65_HS1-834228961_62-HQ-83894_Section_5
Agency: FBI
Page 27
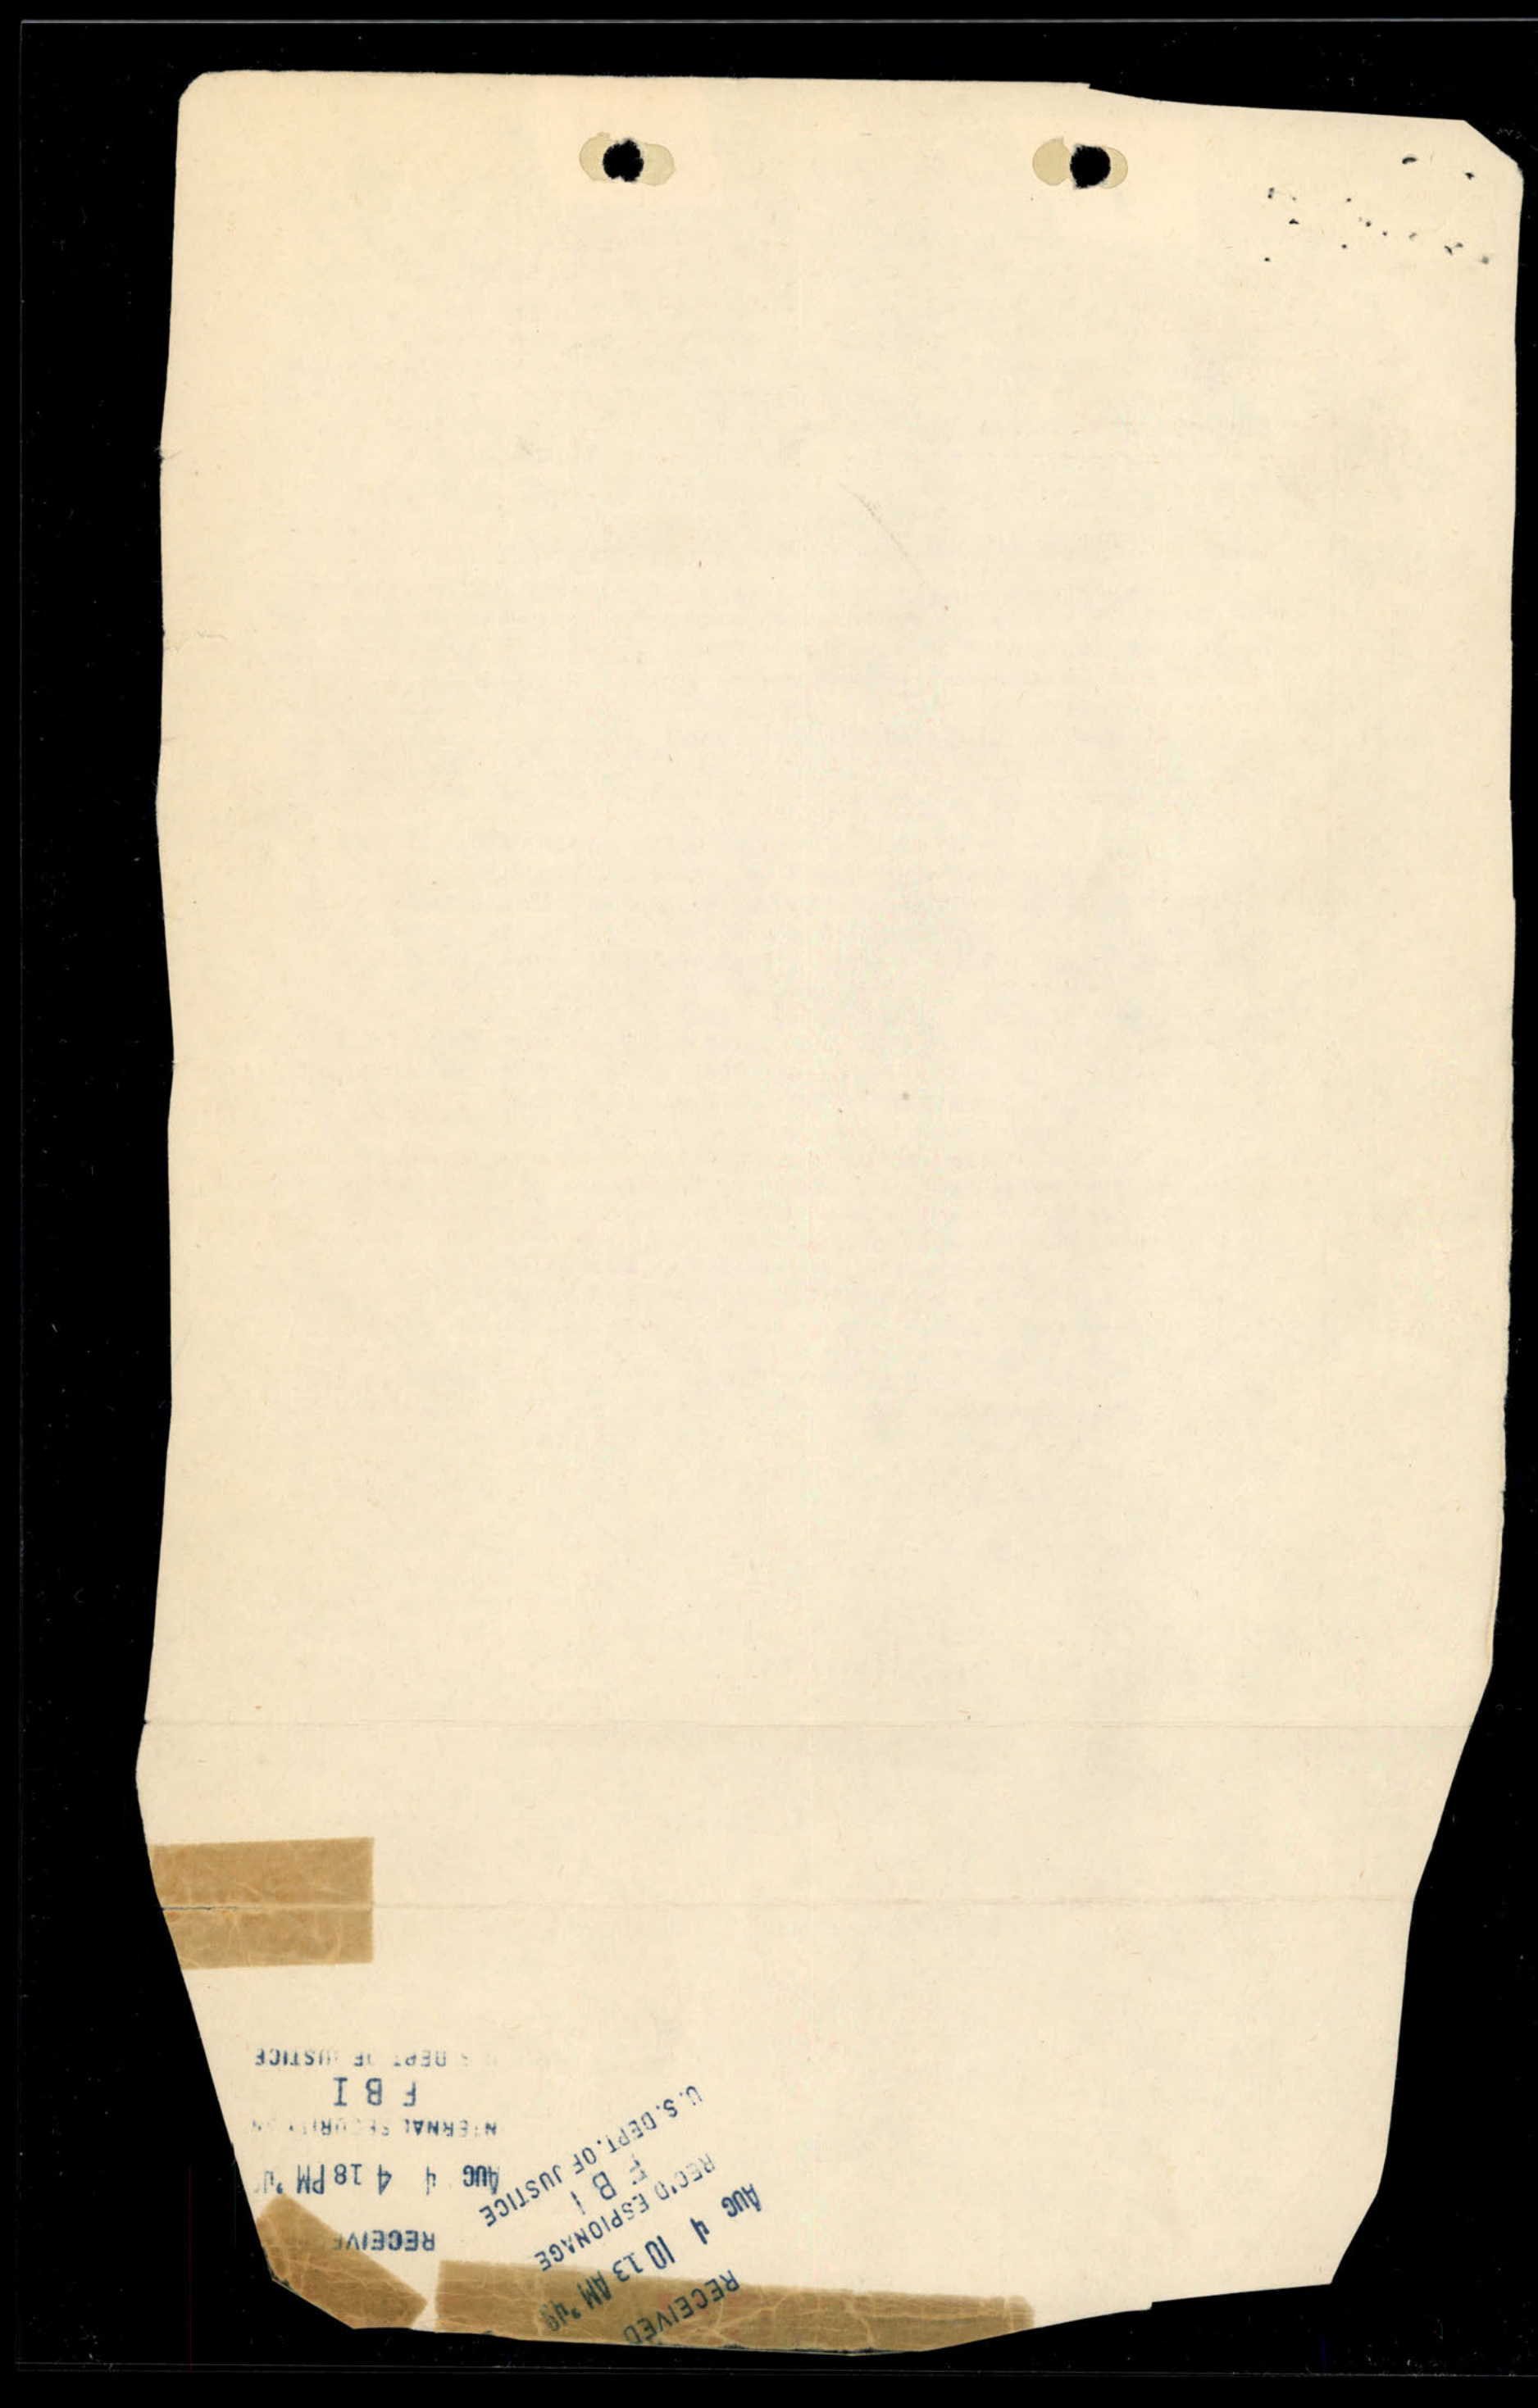